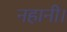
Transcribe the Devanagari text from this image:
नहानी।